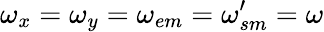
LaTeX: \omega_{x}=\omega_{y}=\omega_{em}=\omega_{sm}^{\prime}=\omega